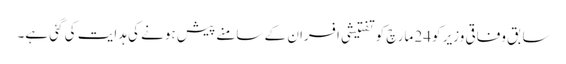
سابق وفاقی وزیر کو24 مارچ کو تفتیشی افسران کے سامنے پیش ہونے کی ہدایت کی گئی ہے۔